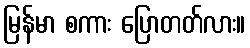
မြန်မာ စကား ပြောတတ်လား။